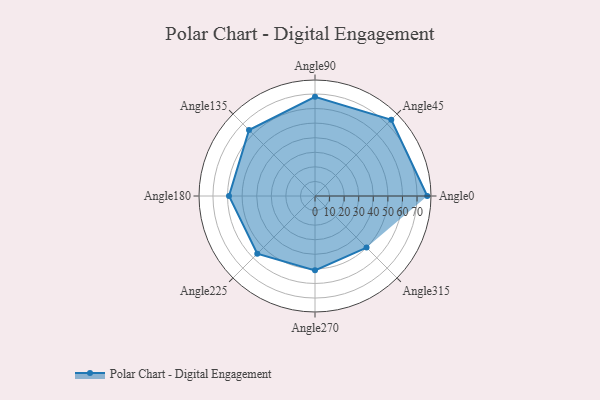
{"axis": {"x": "Angle", "y": "Radius"}, "legend": [""], "data": [{"x": "Angle0", "y": 77.0, "type": ""}, {"x": "Angle45", "y": 74.0, "type": ""}, {"x": "Angle90", "y": 68.0, "type": ""}, {"x": "Angle135", "y": 64.0, "type": ""}, {"x": "Angle180", "y": 59.0, "type": ""}, {"x": "Angle225", "y": 56.0, "type": ""}, {"x": "Angle270", "y": 51.0, "type": ""}, {"x": "Angle315", "y": 50, "type": ""}]}